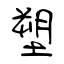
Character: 塑